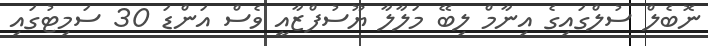
ނޮބެލް ސުލްގައިގެ އިނާމް ލިބޭ މަލާލާ ޔޫސުފްޒާއީ ވެސް އަންޑަ 30 ސަމިޓުގައި